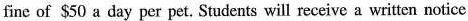
fine of $50 a day per pet. Students will receive a written notice